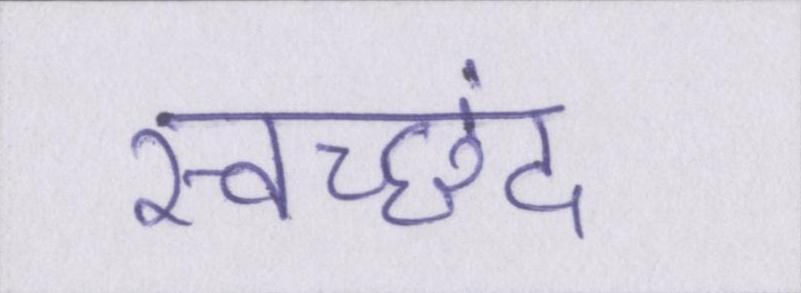
स्वच्छंद